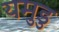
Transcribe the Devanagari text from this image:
यमुडु